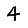
Digit: 4